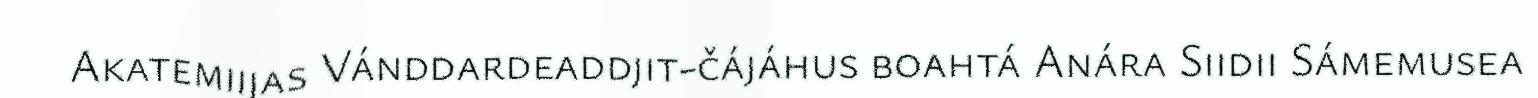
Akatemiijas Vánddardeaddjit-čájáhus boahtá Anára Siidii Sámemusea